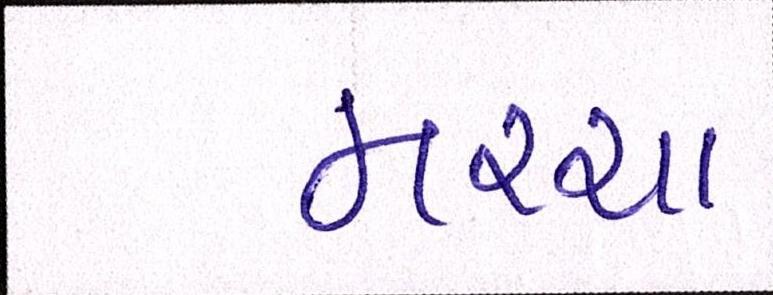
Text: મરચા